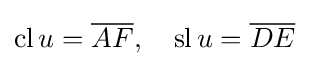
\operatorname {cl} u={\overline {AF}},\quad \operatorname {sl} u={\overline {DE}}